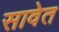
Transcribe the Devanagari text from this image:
सावेत